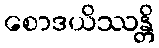
စောဒယိဿန္တိ